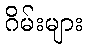
ဂိမ်းများ